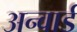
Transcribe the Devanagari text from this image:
अन्वार्ड